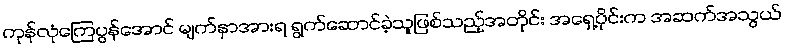
ကုန်လုံကြေပွန်အောင် မျက်နှာအားရ ရွက်ဆောင်ခဲ့သူဖြစ်သည့်အတိုင်း အရှေ့ပိုင်းက အဆက်အသွယ်